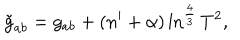
LaTeX: \tilde { g } _ { a b } = g _ { a b } + ( n ^ { \prime } + \alpha ) \ln ^ { \frac { 4 } { 3 } } T ^ { 2 } ,